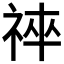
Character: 𥙽